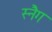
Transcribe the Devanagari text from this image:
स्नैग